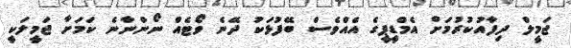
ޖަމީލް ދިފާއުކުރުމަށް އެމްޑީޕީގެ އެއްވެސް ބޭފުޅަކު ދޭނެ ވޯޓެއް ނޯންނާނެ ކަމަށާ ޖަމީލަކީ